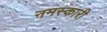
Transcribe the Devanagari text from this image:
नमस्कारी